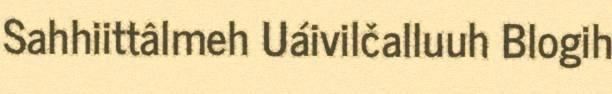
Sahhiittâlmeh Uáivilčalluuh Blogih